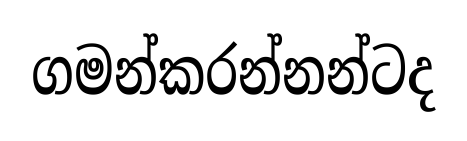
ගමන්කරන්නන්ටද